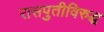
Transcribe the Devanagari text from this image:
रासपुतीविरुद्ध